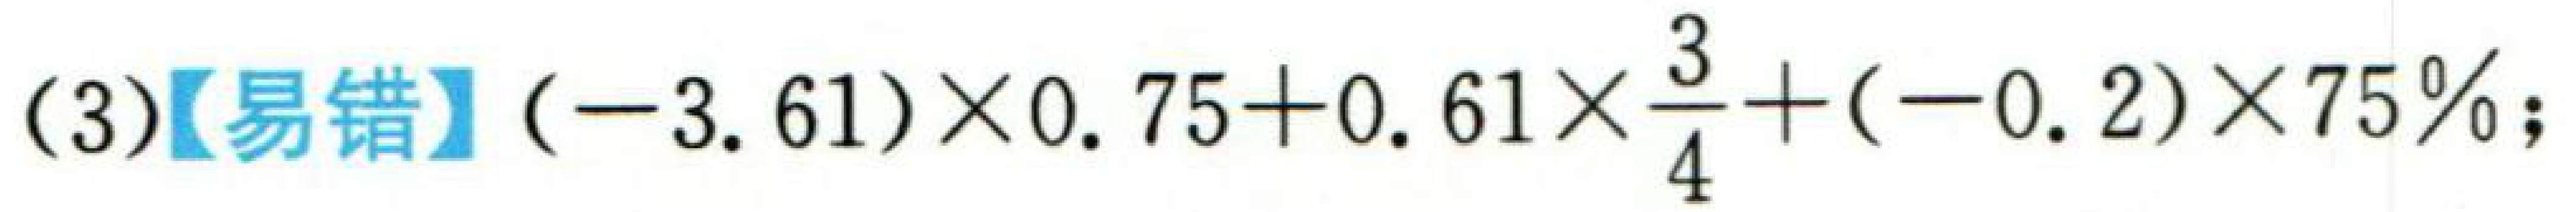
(3)【易错】$(-3.61)\times0.75 + 0.61\times\frac{3}{4}+(-0.2)\times75\%$；